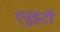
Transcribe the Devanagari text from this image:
एनुइटी